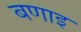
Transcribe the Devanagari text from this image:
बणाइ